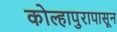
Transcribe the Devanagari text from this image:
कोल्हापुरापासून